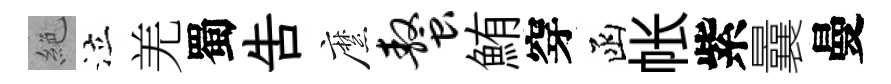
絶泣羌蜀告縻螯鮪穿函帐紫曩曼